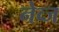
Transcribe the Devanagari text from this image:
नेव्ज